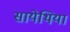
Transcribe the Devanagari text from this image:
सायेथिया